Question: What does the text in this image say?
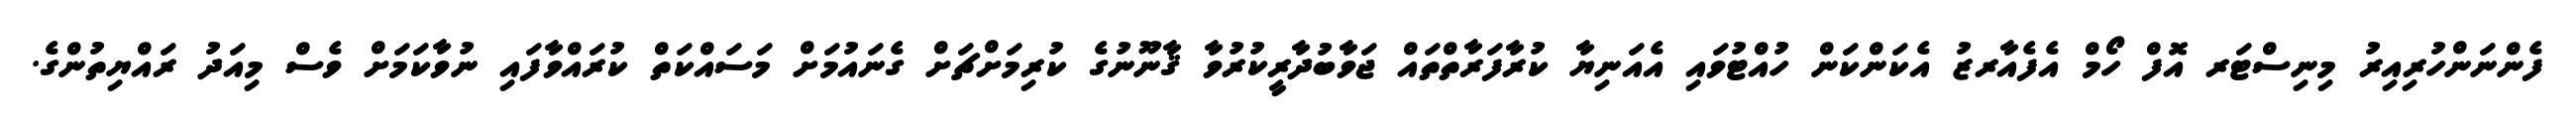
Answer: ފެންނަންހުރިއިރު މިނިސްޓަރ އޮފް ހޯމް އެފެއާރޒު އެކަންކަން ހުއްޓުވައި އެއަނިޔާ ކުރާފަރާތްތައް ޖަވާބުދާރީކުރުވާ ޤާނޫނުގެ ކުރިމަށްޗަށް ގެނައުމަށް މަސައްކަތް ކުރައްވާފައި ނުވާކަމަށް ވެސް މިއަދު ރައްޔިތުންގެ.